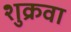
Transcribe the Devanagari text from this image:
शुक्रवा